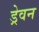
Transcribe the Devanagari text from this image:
ड्रेवन